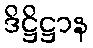
ဒိဋ္ဌိဋ္ဌာန